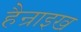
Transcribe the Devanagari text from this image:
हैन्राइख